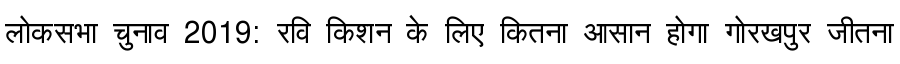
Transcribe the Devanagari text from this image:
लोकसभा चुनाव 2019: रवि किशन के लिए कितना आसान होगा गोरखपुर जीतना